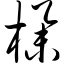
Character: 榉